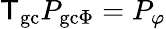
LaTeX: {\sf T}_{\mathrm{gc}}P_{\mathrm{gc}\Phi}=P_{\varphi}